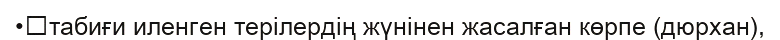
•	табиғи иленген терілердің жүнінен жасалған көрпе (дюрхан),